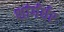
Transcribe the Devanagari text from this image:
शांर्गर्धर